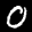
Label: 0